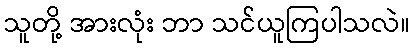
သူတို့ အားလုံး ဘာ သင်ယူကြပါသလဲ။